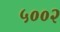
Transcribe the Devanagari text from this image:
५००२